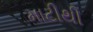
માટીથી